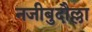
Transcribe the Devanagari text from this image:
नजीबुदौल्ला